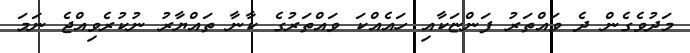
މަދުވެގެން ދެ ވައްތަރު ފަންޏަކާއި ހައެއްކަ ވައްތަރުގެ ކާނާ ތައްޔާރު ނުކުރެވިއްޖެ ނަމަ